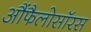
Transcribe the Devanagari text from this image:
आैंफैलोसॉरस